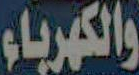
والكهرباء